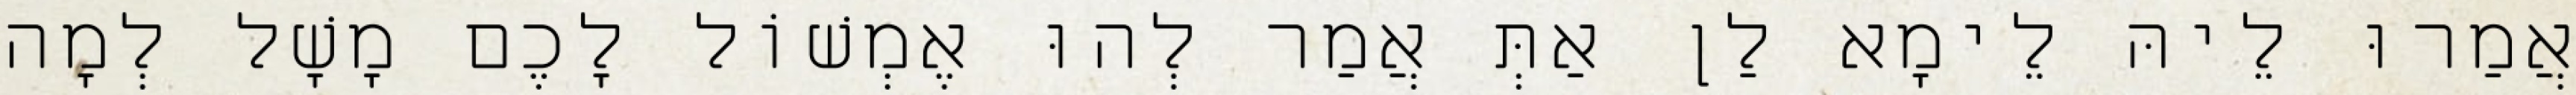
אֲמַרוּ לֵיהּ לֵימָא לַן אַתְּ אֲמַר לְהוּ אֶמְשׁוֹל לָכֶם מָשָׁל לְמָה